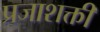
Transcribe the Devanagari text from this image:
प्रजाशक्ती